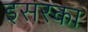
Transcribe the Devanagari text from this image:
इसरका